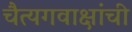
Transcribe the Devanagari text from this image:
चैत्यगवाक्षांची